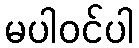
မပါဝင်ပါ